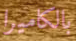
بالكاميرا